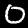
Digit: 0